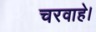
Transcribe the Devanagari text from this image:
चरवाहे।